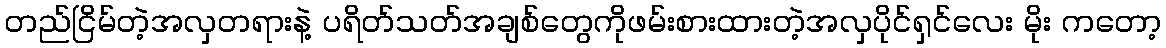
တည်ငြိမ်တဲ့အလှတရားနဲ့ ပရိတ်သတ်အချစ်တွေကိုဖမ်းစားထားတဲ့အလှပိုင်ရှင်လေး မိုး ကတော့